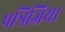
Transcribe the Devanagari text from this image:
पत्रिजिया